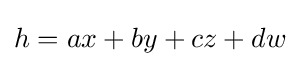
h=ax+by+cz+dw